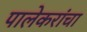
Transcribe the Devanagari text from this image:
पालेकरांचा